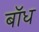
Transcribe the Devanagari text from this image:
बाॅध